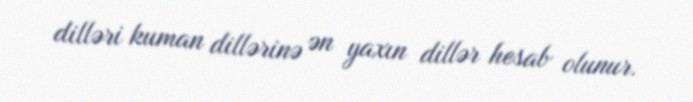
dilləri kuman dillərinə ən yaxın dillər hesab olunur.